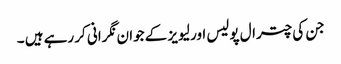
جن کی چترال پولیس اور لیویز کے جوان نگرانی کر رہے ہیں ۔